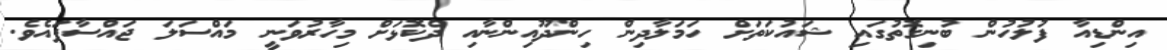
އިންޑިއާ ފުލުހުން ބުނިގޮތުގައި ޝައުކަތަށް ހަމަލާދިން ހިންދޫއިންނާއި ދެކޮޅަށް މިހާރުވަނީ މައްސަލަ ޖައްސާފައެވެ.